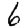
Digit: 6